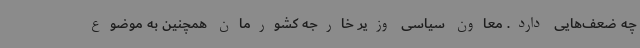
چه ضعف‌هایی دارد. معاون سیاسی وزیر خارجه کشورمان همچنین به موضوع